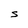
Character: S